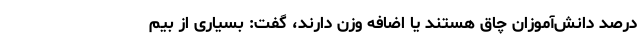
درصد دانش‌آموزان چاق هستند یا اضافه وزن دارند، گفت: بسیاری از بیم